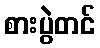
စားပွဲတင်